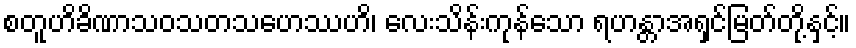
စတူဟိခိဏာသဝသတသဟေဿဟိ၊ လေးသိန်းကုန်သော ရဟန္တာအရှင်မြတ်တို့နှင့်။